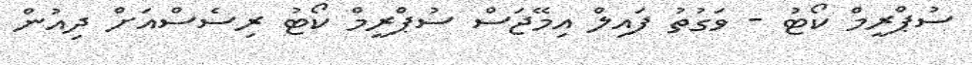
ސުޕްރީމް ކޯޓު - ވަގުތު ފައިލް އިމޭޖަސް ސުޕްރީމް ކޯޓު ރިސެސްއަށް ދިއުން